Annual report on the Civil Veterinary Department, Burma (including the Insein Veterinary School) - 1923-1931
Year: 1923
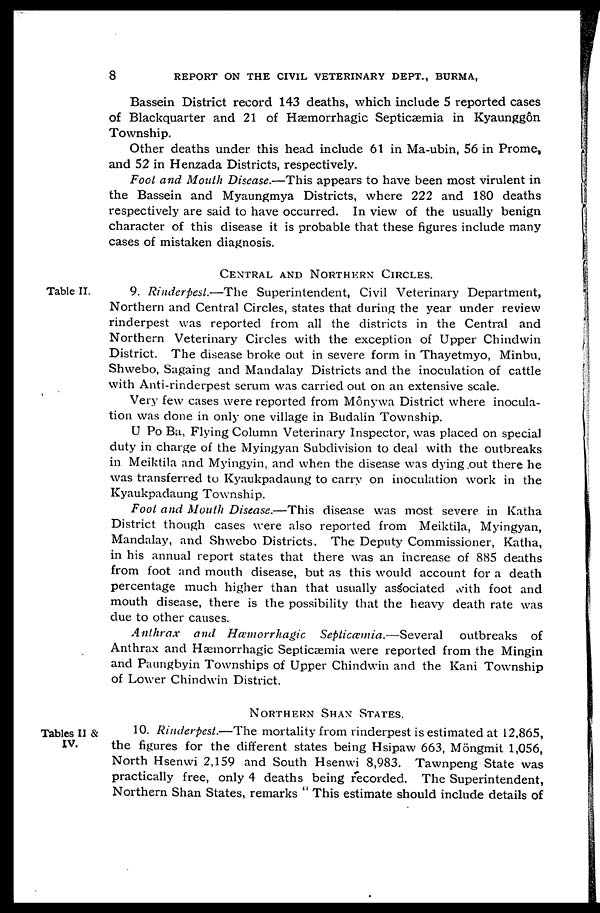
8
REPORT ON THE CIVIL VETERINARY DEPT., BURMA,
Bassein District record 143 deaths, which include 5 reported cases
of Blackquarter and 21 of Hæmorrhagic Septicaemia in Kyaunggôn
Township.
Other deaths under this head include 61 in Ma-ubin, 56 in Prome,
and 52 in Henzada Districts, respectively.
Foot and Mouth Disease.—This appears to have been most virulent in
the Bassein and Myaungmya Districts, where 222 and 180 deaths
respectively are said to have occurred. In view of the usually benign
character of this disease it is probable that these figures include many
cases of mistaken diagnosis.
CENTRAL AND NORTHERN CIRCLE.
Table II.
9. Rinderpest.—The Superintendent, Civil Veterinary Department,
Northern and Central Circles, states that during the year under review
rinderpest was reported from all the districts in the Central and
Northern Veterinary Circles with the exception of Upper Chindwin
District. The disease broke out in severe form in Thayetmyo, Minbu,
Shwebo, Sagaing and Mandalay Districts and the inoculation of cattle
with Anti-rinderpest serum was carried out on an extensive scale.
Very few cases were reported from Mônywa District where inocula-
tion was done in only one village in Budalin Township.
U Po Ba, Flying Column Veterinary Inspector, was placed on special
duty in charge of the Myingyan Subdivision to deal with the outbreaks
in Meiktila and Myingyin, and when the disease was dying out there he
was transferred to Kyaukpadaung to carry on inoculation work in the
Kyaukpadaung Township.
Foot and Mouth Disease.—This disease was most severe in Katha
District though cases were also reported from Meiktila, Myingyan,
Mandalay, and Shwebo Districts. The Deputy Commissioner, Katha,
in his annual report states that there was an increase of 885 deaths
from foot and mouth disease, but as this would account for a death
percentage much higher than that usually associated with foot and
mouth disease, there is the possibility that the heavy death rate was
due to other causes.
Anthrax and Hæmorrhagic Septicæmia.—Several
outbreaks of
Anthrax and Hæmorrhagic Septicæmia were reported from the Mingin
and Paungbyin Townships of Upper Chindwin and the Kani Township
of Lower Chindwin District.
NORTHERN SHAN STATES.
Tables II &
IV.
10. Rinderpest.—The mortality from rinderpest is estimated at 12,865,
the figures for the different states being Hsipaw 663, Möngmit 1,056,
North Hsenwi 2,159 and South Hsenwi 8,983. Tawnpeng State was
practically free, only 4 deaths being recorded. The Superintendent,
Northern Shan States, remarks " This estimate should include details of